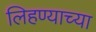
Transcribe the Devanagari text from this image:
लिहण्याच्या